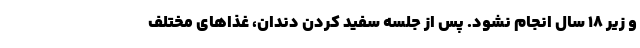
و زیر ۱۸ سال انجام نشود. پس از جلسه سفید کردن دندان، غذاهای مختلف